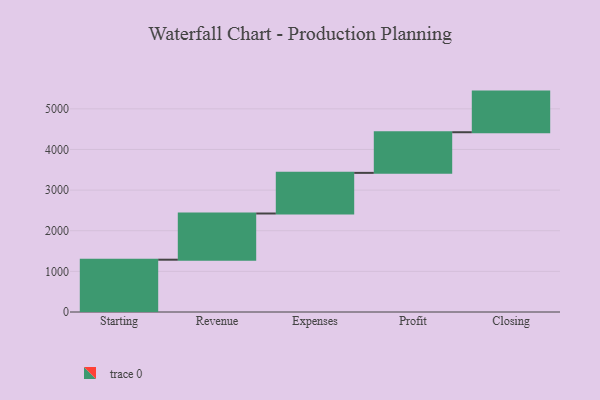
{"axis": {"x": "Step", "y": "Value"}, "legend": [""], "data": [{"x": "Starting", "y": 1287.0, "type": ""}, {"x": "Revenue", "y": 1137.0, "type": ""}, {"x": "Expenses", "y": 1000.0, "type": ""}, {"x": "Profit", "y": 1000, "type": ""}, {"x": "Closing", "y": 1000, "type": ""}]}